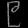
Digit: ၉